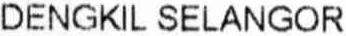
DENGKIL SELANGOR